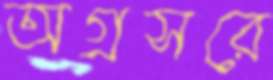
অগ্রসরে